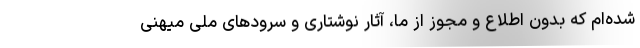
شده‌ام که بدون اطلاع و مجوز از ما، آثار نوشتاری و سرودهای ملی میهنی